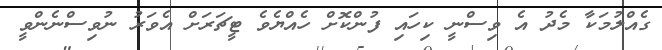
ގެއްލުމަކާ މެދު އެ ވިސްނީ ކިހައި ފުންކޮށް ހެއްޔެވެ ޓީޗަރަށް އެވަރު ނުވިސްނެންވީ